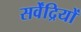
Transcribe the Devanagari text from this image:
सर्वेंद्रियों